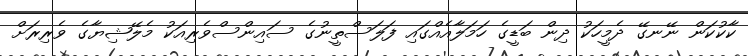
ކާކުކަން ނޭނގޭ ދެމީހަކު ދިން ބަޑީގެ ހަމަލާއެއްގައި ފަލަސްތީނުގެ ސައިންސްވެރިއަކު މެލޭޝިޔާގެ ވެރިރަށް